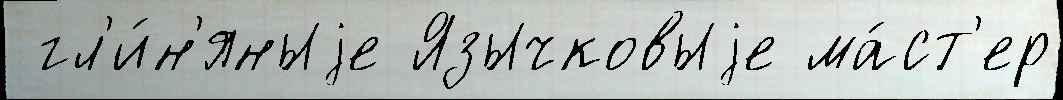
 гл'и́н'яныjе Язычковыjе ма́ст'ер